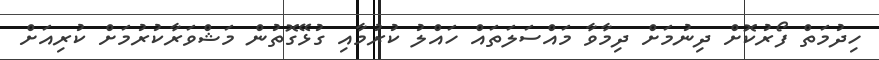
ހިދުމަތް ފޯރުކޮށް ދިނުމަށް ދިމާވާ މައްސަލަތައް ހައްލު ކުރުމާއި ގުޅޭގޮތުން މަޝްވަރާކުރުމަށް ކުރިއަށް